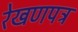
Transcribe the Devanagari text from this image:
रेखणपत्र